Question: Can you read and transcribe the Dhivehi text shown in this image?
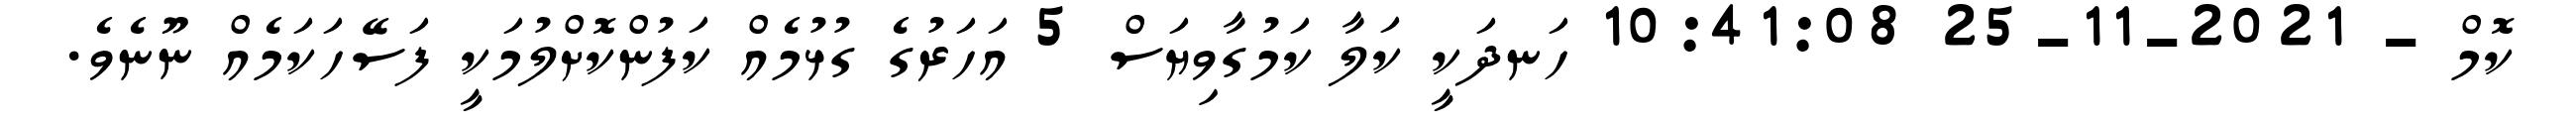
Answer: ކޮމް - 2021-11-25 10:41:08 ހަނދަކީ ކަލާ ކަމުގާވިޔަސް 5 އަހަރުގެ ގުޅުމެއް ކަފުންކޮށްލުމަކީ ފަސޭހަކަމެއް ނޫނެވެ.